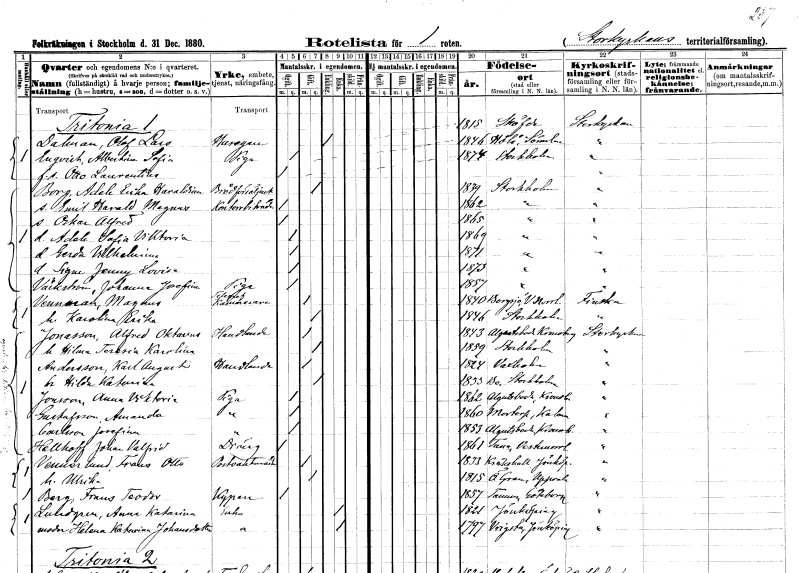
gt_parse: households: individuals: FN: Olof Lars
EN: Dalman
YRKE: Husägare
KON: M
CIV: E
FODAR: 1815
FODFORS: Skövde Skaraborgs län
FN: Albertina Sofia
EN: Enqvist
YRKE: Piga
KON: K
CIV: O
FODAR: 1846
FODFORS: Hölö Stockholms län
FN: Otto Laurentino
KON: M
CIV: O
FODAR: 1874
FODFORS: Stockholm
FN: Adele Erika Haraldina
EN: Borg
YRKE: Brödförsäljerska
KON: K
CIV: G
FODAR: 1839
FODFORS: Stockholm
FN: Emil Harald Magnus
YRKE: Kontorsbiträde
KON: M
CIV: O
FODAR: 1862
FODFORS: Stockholm
FN: Oskar Alfred
KON: M
CIV: O
FODAR: 1865
FODFORS: Stockholm
FN: Adele Sofia Vilhelmina
KON: K
CIV: O
FODAR: 1869
FODFORS: Stockholm
FN: Gerda Vilhelmina
KON: K
CIV: O
FODAR: 1871
FODFORS: Stockholm
FN: Signe Jenny Lovisa
KON: K
CIV: O
FODAR: 1873
FODFORS: Stockholm
FN: Johanna Josefina
EN: Väckström
YRKE: Piga
KON: K
CIV: O
FODAR: 1857
FODFORS: Stockholm
FN: Magnus
EN: Vennman
YRKE: Telegrafkamrerare
KON: M
CIV: G
FODAR: 1840
FODFORS: Borgsjö Västernorrlands län
FN: Karolina Erika
KON: K
CIV: G
FODAR: 1846
FODFORS: Stockholm
FN: Alfred Oktavus
EN: Jonasson
YRKE: Handlande
KON: M
CIV: G
FODAR: 1843
FODFORS: Algutsboda Kalmar län
FN: Hilma Teresia Karolina
KON: K
CIV: G
FODAR: 1859
FODFORS: Stockholm
FN: Karl August
EN: Andersson
YRKE: Handlande
KON: M
CIV: G
FODAR: 1824
FODFORS: Vaxholm Stockholms län
FN: Hilda Katarina
KON: K
CIV: G
FODAR: 1833
FODFORS: Bo Stockholms län
FN: Anna Viktoria
EN: Jonsson
YRKE: Piga
KON: K
CIV: O
FODAR: 1862
FODFORS: Algutsboda Kalmar län
FN: Amanda
EN: Gustafsson
YRKE: Piga
KON: K
CIV: O
FODAR: 1860
FODFORS: Mortorp Kalmar län
FN: Josefina
EN: Carlsson
YRKE: Piga
KON: K
CIV: O
FODAR: 1853
FODFORS: Algutsboda Kalmar län
FN: Johan Valfrid
EN: Hellhoff
YRKE: Dräng
KON: M
CIV: O
FODAR: 1861
FODFORS: Tuna Västernorrlands län
FN: Frans Otto
EN: Vennerlund
YRKE: Postvaktmästare
KON: M
CIV: G
FODAR: 1833
FODFORS: Kråkshult Jönköpings län
FN: Ulrika
KON: K
CIV: G
FODAR: 1815
FODFORS: Övergran Uppsala län
FN: Frans Teodor
EN: Berg
YRKE: Kypare
KON: M
CIV: O
FODAR: 1857
FODFORS: Tanum Göteborgs och Bohuslän
FN: Anna Katarina
EN: Lundgren
YRKE: Änka
KON: K
CIV: E
FODAR: 1821
FODFORS: Jönköping Jönköpings län
FN: Helena Katarina
EN: Johansdotter
YRKE: Änka
KON: K
CIV: E
FODAR: 1797
FODFORS: Vrigstad Jönköpings län